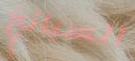
السبانخ